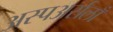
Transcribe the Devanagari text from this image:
अस्पअर्सलाँ